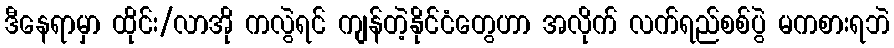
ဒီနေရာမှာ ထိုင်း/လာအို ကလွဲရင် ကျန်တဲ့နိုင်ငံတွေဟာ အလိုက် လက်ရည်စစ်ပွဲ မကစားရဘဲ